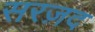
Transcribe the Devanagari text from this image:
सरज़द